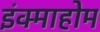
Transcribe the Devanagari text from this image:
इंक्माहोम